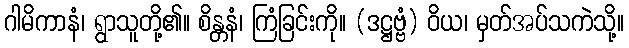
ဂါမိကာနံ၊ ရွာသူတို့၏။ စိန္တနံ၊ ကြံခြင်းကို။ (ဒဋ္ဌဗ္ဗံ) ဝိယ၊ မှတ်အပ်သကဲသို့။